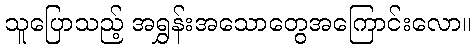
သူပြောသည့် အရွှန်းအသောတွေအကြောင်းလော။